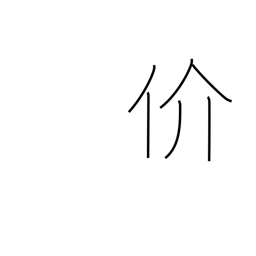
Meaning: man with shellfish kanji